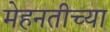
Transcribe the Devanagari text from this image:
मेहनतीच्या